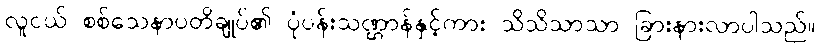
လူငယ် စစ်သေနာပတိချုပ်၏ ပုံပန်းသဏ္ဌာန်နှင့်ကား သိသိသာသာ ခြားနားလာပါသည်။